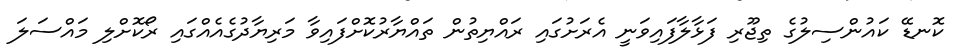
ކޮނޑޭ ކައުންސިލުގެ ތިޖޫރި ފަޅާލާފައިވަނީ އެރަށުގައި ރައްޔިތުން ތައްޔާރުކޮށްފައިވާ މަރިޔާދުގެއެއްގައި ރޯކޮށްލި މައްސަލަ